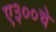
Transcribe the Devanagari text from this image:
ए३००चे